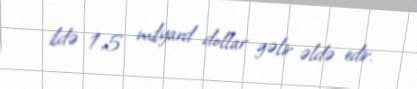
ildə 1,5 milyard dollar gəlir əldə edir.